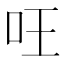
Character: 㕵